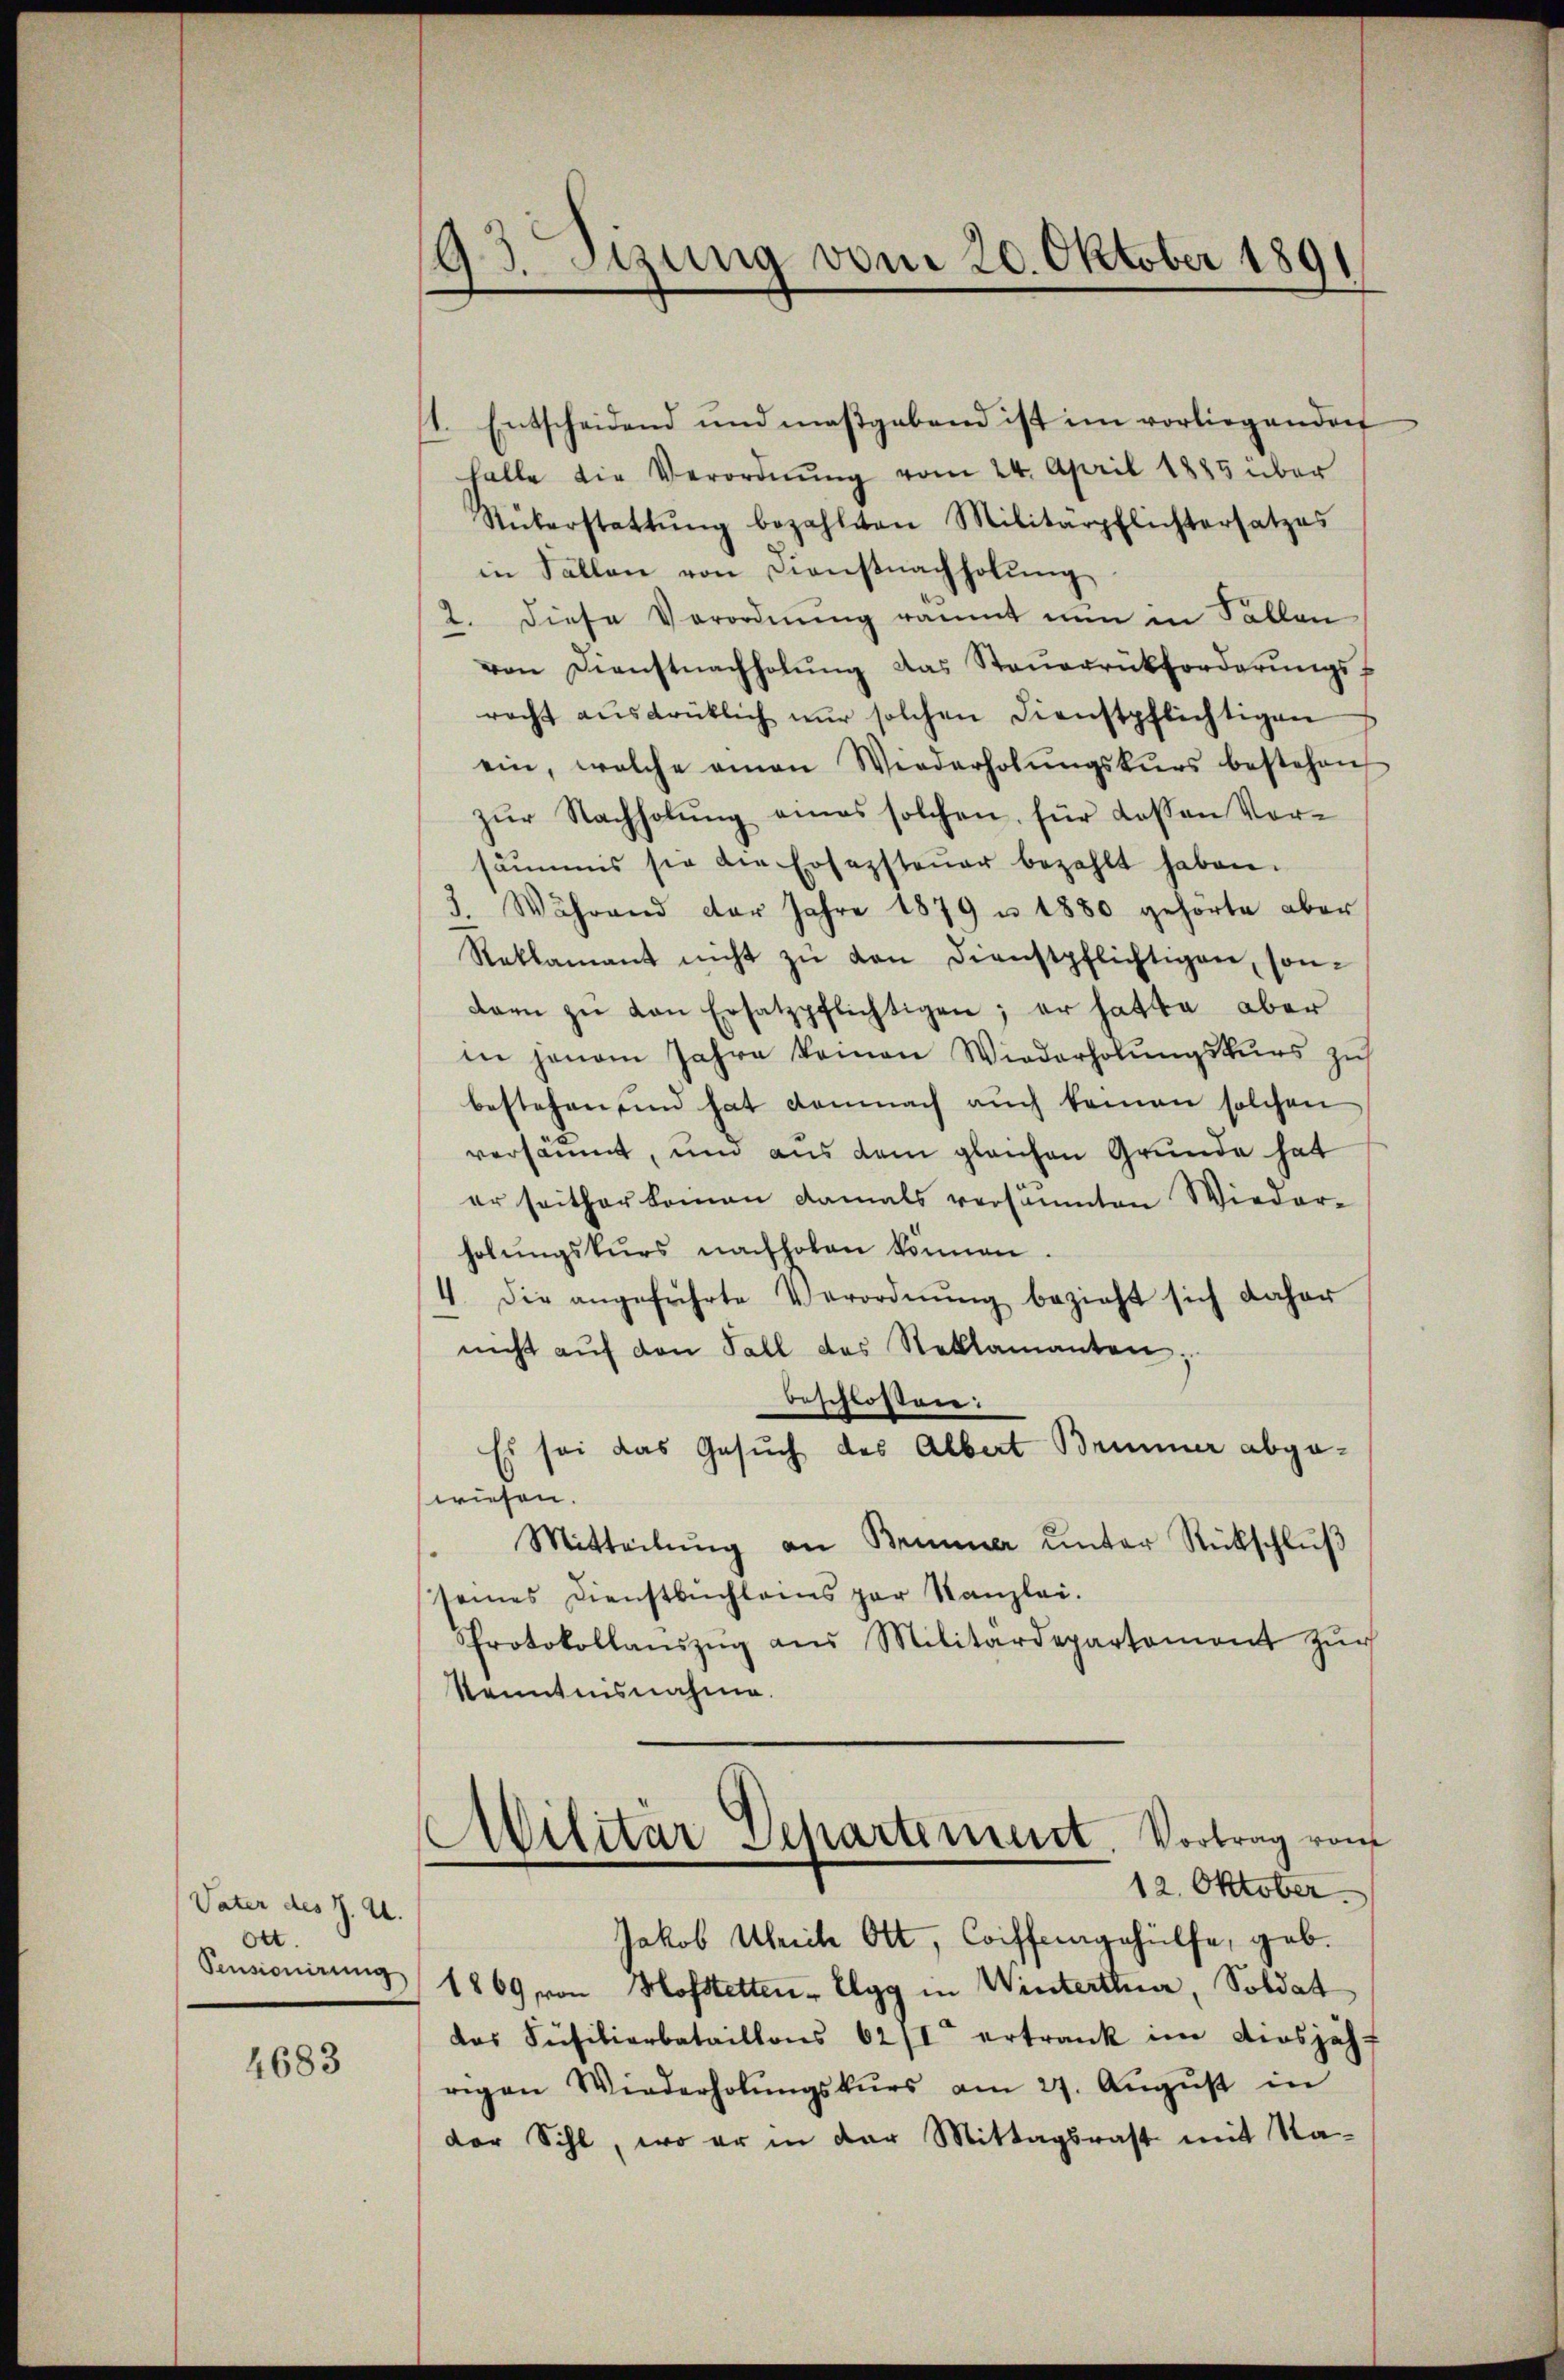
Vater des J. A.
Ott.
Pensionirung

4683

193. Sizung vom 20. Oktober 1891

1. Entscheidend und maβgabend ist im vorliegenden
halle die Verordnŭng vom 24. April 1885 über
Rükerstattŭng bezahlten Militärpflichtersatzes
in Fällen von Dienstnachholŭng
2. diese Verordnung räumt nun in Fallen
von Dienstnachholŭng das Steŭerrückforderŭngs-
racht aŭsdrüklich nŭr solchen Dienstpflichtigen
ein, welche amen Wiederholŭngskŭrs bestehen
zŭr Nachholŭng eines solchen, für dassen Vor-
säumis sie die Ersezsteuer bezahlt haben.
3. Während der Jahre 1879 u 1880 gehörte aber
Reklamant nicht zŭ den Dienstpflichtigen, son-
dann zu von Ersatzpflichtigen; er hatte aber
in jenem Jahre keinen Wiederholungskurs zu
bestehen, und hat demnach aŭch keinen solchen
versäumt, um aus dem gleichen Grunde hat
er seither kommen damals versäumten Wieder-
holŭngskurs nachholen können.
4. die angeführte Verordnŭng bezieht sich daher
nicht aŭf den Fall des Steklamanten
beschlossen:
Es sei das Gesuch des Albert Brunner abgewiesen.
Mitteilŭng an Brunner unter Rückschlŭβ
seines Dienstbuchlans par Kanzlei.
Protokollanszŭg aŭs Militärdepartemont zŭr
Kenntnisnahme.
Militär Departement. Vortrag von
12. Oktober
Jakob Abreite Ott, Coiffengehülfe, geb.
1869 von Hofstetten - Elgg in Winterthur, Soldat
das Füsilierbataillons 62/I ertrank im diesjähr
rigen Wiederholŭngskŭrs am 27. Aŭgŭst in
der Sihl, wo er in der Mittagsrast mit Na¬